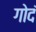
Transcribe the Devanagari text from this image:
गोदं